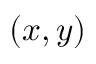
( x , y )